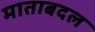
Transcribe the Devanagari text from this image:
माताबदल